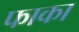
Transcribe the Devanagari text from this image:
फाका